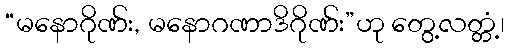
“မနောဂိုဏ်း, မနောဂဏာဒိဂိုဏ်း”ဟု တွေ့လတ္တံ့၊